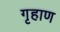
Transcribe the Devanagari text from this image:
गृहाण